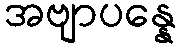
အဗျာပန္နေ